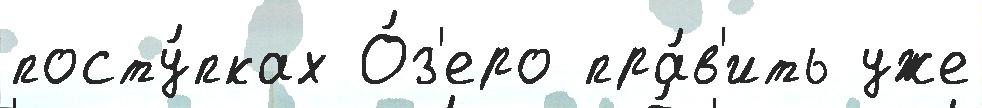
посту́пках О́з'еро пра́в'ить уже